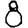
Digit: 8